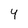
Character: 4